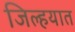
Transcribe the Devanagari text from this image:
जिल्‍हयात